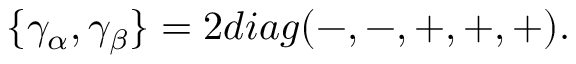
\{ \gamma _ { \alpha } , \gamma _ { \beta } \} = 2 d i a g ( - , - , + , + , + ) .